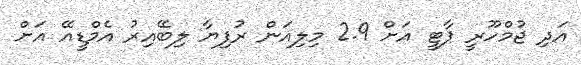
އަދި ޖުމްހޫރީ ޕާޓީ އަށް 2.9 މިލިއަން ރުފިޔާ ލިބޭއިރު އެމްޑީއޭ އަށް